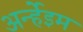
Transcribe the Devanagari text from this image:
अर्न्हेइम